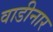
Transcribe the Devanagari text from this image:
वाडीनार